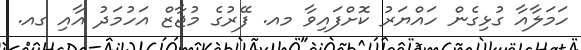
ހަމަލާއާ ގުޅިގެން ހައްޔަރު ކޮށްފައިވާ މއ. ފޭރުގެ މުޖާޒް އަހުމަދު އާއި ގއ.